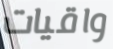
واقيات